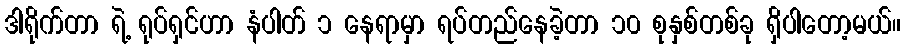
ဒါရိုက်တာ ရဲ့ ရုပ်ရှင်ဟာ နံပါတ် ၁ နေရာမှာ ရပ်တည်နေခဲ့တာ ၁၀ စုနှစ်တစ်ခု ရှိပါတော့မယ်။